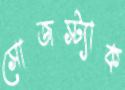
সোজস্ট্যাক